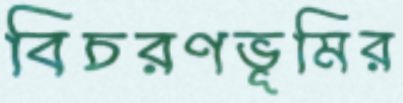
বিচরণভূমির